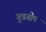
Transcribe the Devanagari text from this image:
गुडसेप